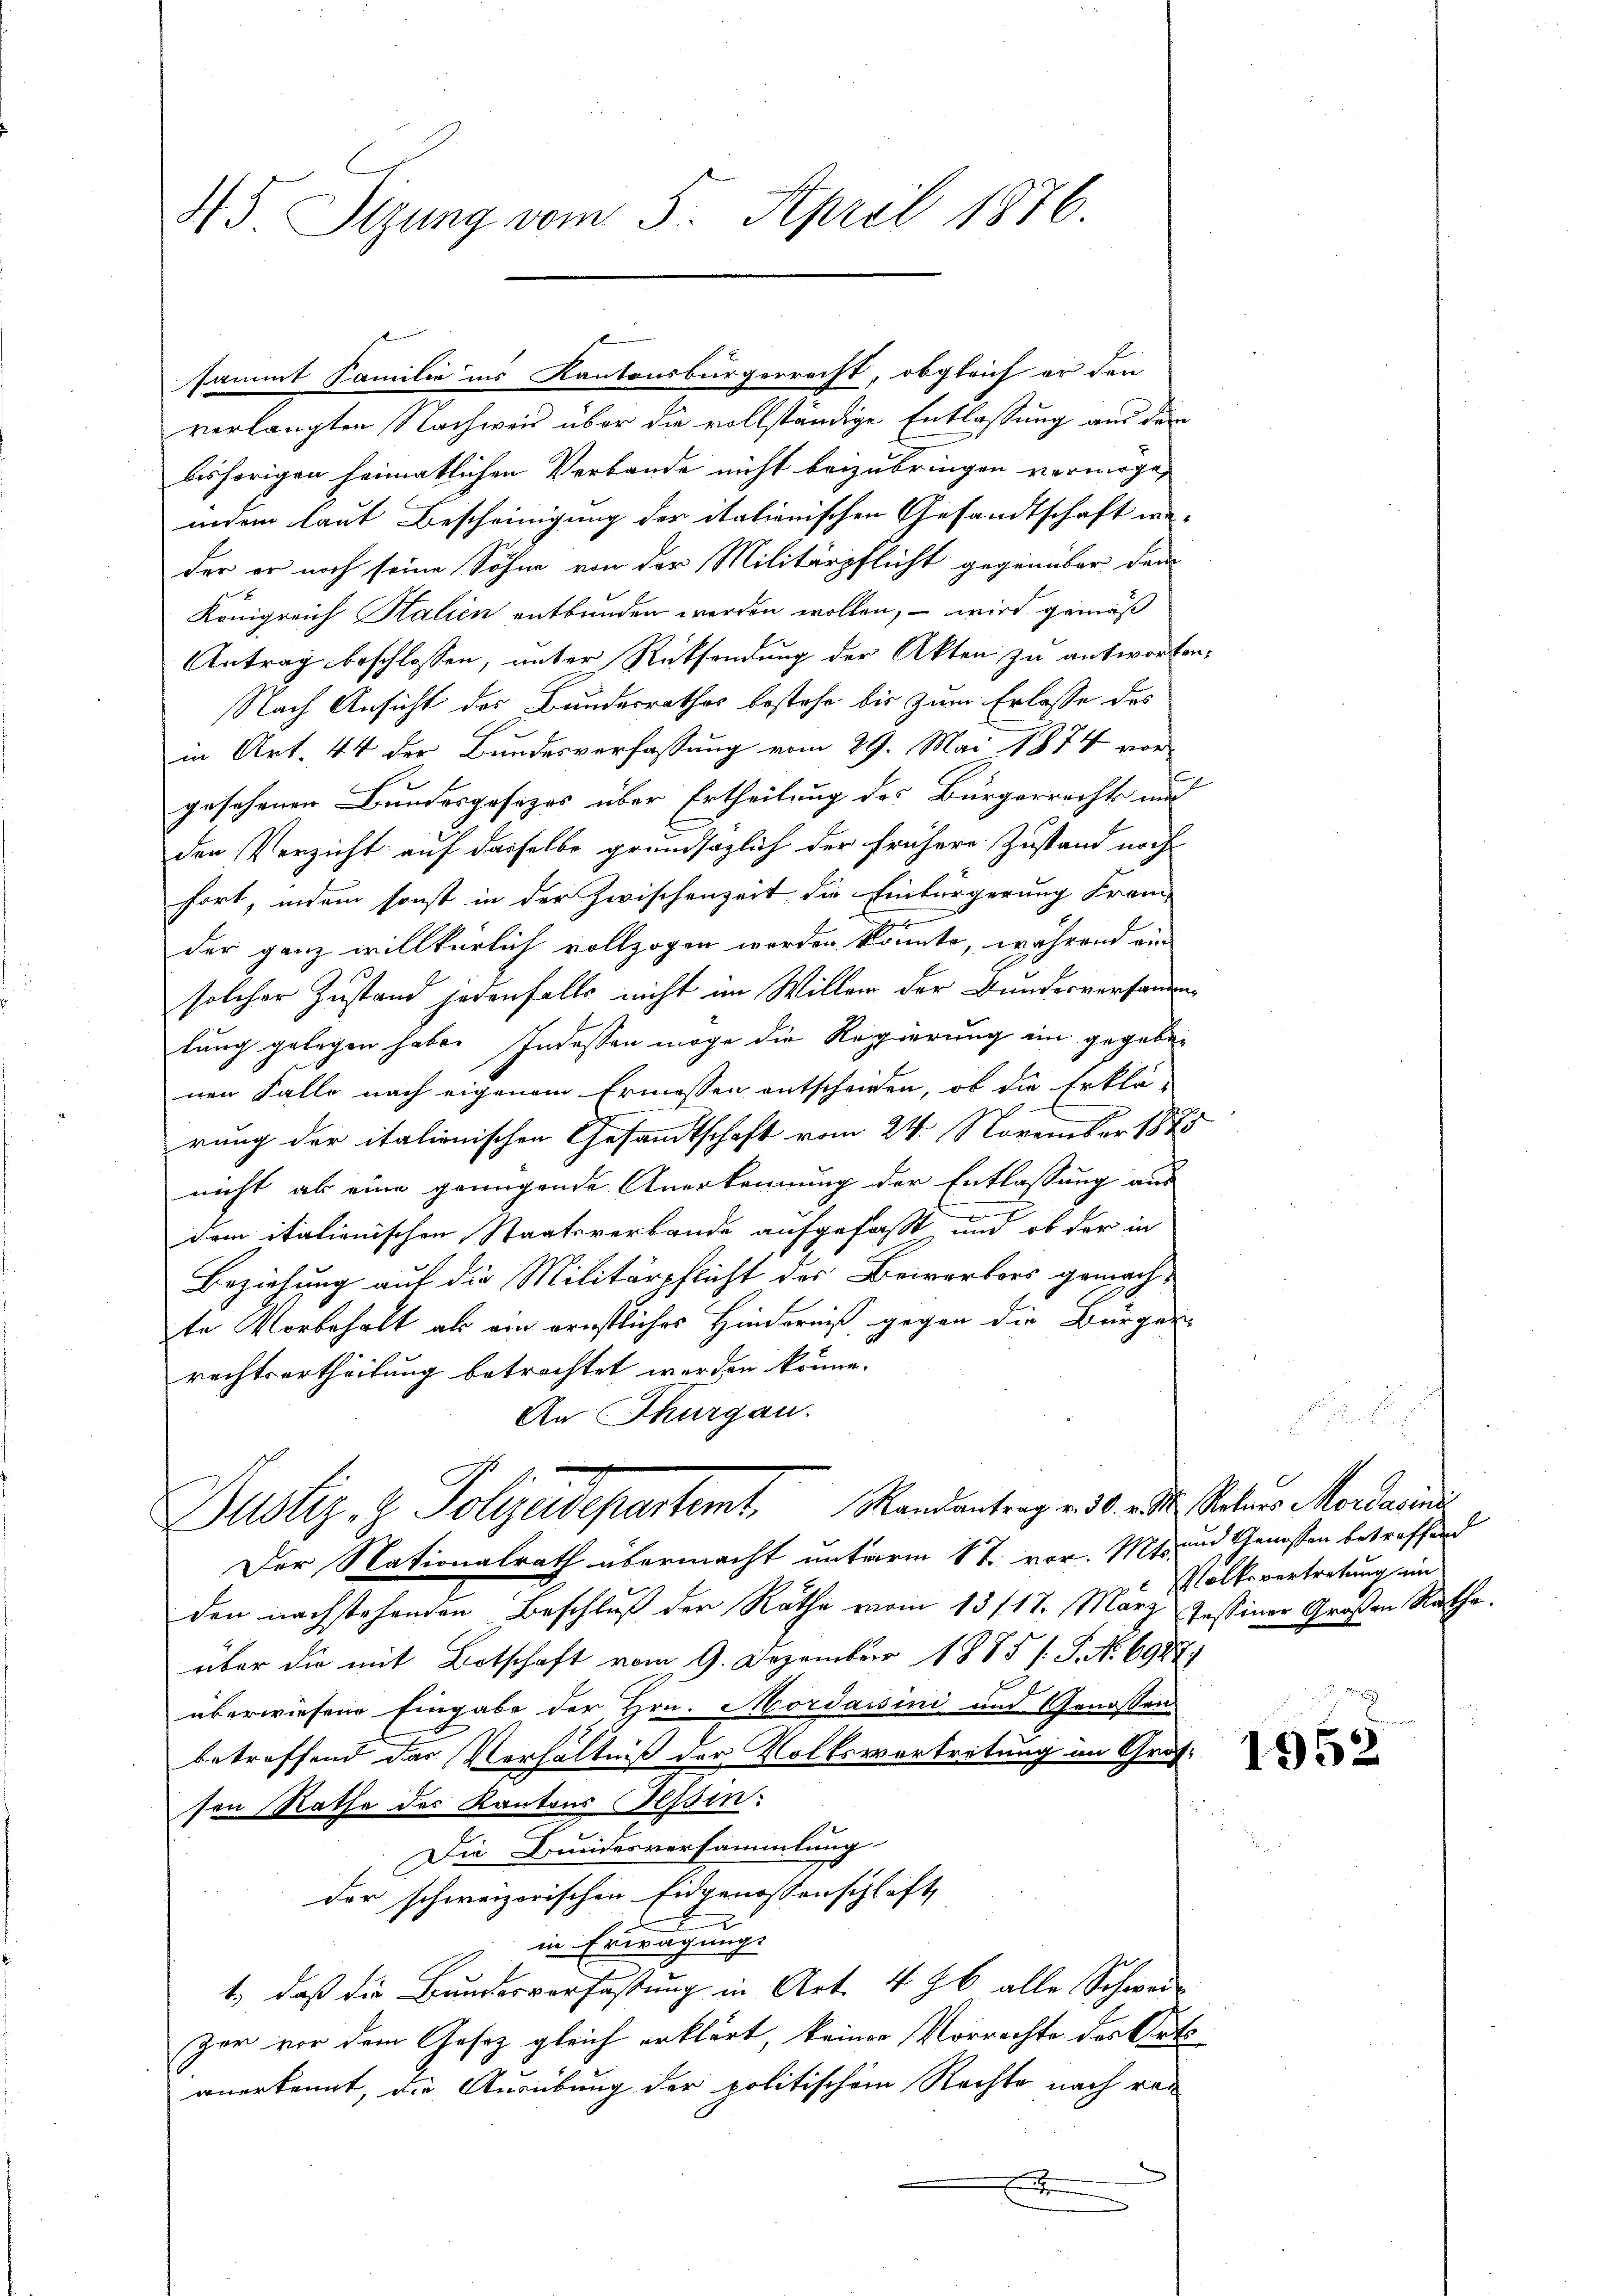
45 Sizung vom 5. April 1876.

verlangten Nachweis über die vollständige Entlassung aus der
bisherigen heimatlichen Verbande nicht beizubringen vermöge,
indem laut Bescheinigung der italienischen Gesandtschaft we
der er noch seine Söhne von der Militärpflicht gegenüber dem
Königreich Halien entbunden werden wollen, – wird gemäß
Antrag beschlossen, unter Rücksendung der Akten zu antwor¬
Nach Ansicht des Bundesrathes bestehe bis zum Erlasse des
in Art. 44 der Bundesverfassung vom 29. Mai 1874 vor
gesehenen Bundesgesezes über Ertheilung des Bürgerrechts nur
den Verzicht auf dasselbe grundsazlich der frühere Zustand noch
fort; indem sonst in der Zwischenzeit die Einbürgerung Fran
der ganz willkürlich vollzogen worden könnte, während ein
solcher Zustand jedenfalls nicht im Willer der Bunderversandlung gelegen habe. Indessen möge die Regierung ein gegebe
nen Falle nach eigenem Ermessen entscheiden, ob die Erklä-
rung der italionischen Gesandtschaft vom 24. November 188
nicht ab eine grungende Anerkennung der Entlassung aus
dem italienischen Staatsverbande aufgefaßt und ob der in
Beziehung auf die Militärpflicht des Bewerkers gemachte Vorbehalt als ein ernstliches Hinderniß gegen die Bürger
rechtsurtheilung betrachtet werden könne.
An Thurgau.
Justiz- & Polizeidepartemt. Randantrag ad 1. eilte stehenes Morderun
Der Nationalrath übermacht unterm 17. vor. Mts. und Genossen betreffend
den nachstehenden Beschluß der Räthe vom 13./17. März Zessiner Großen Ratha
über die mit Botschaft vom 9. Dezember 1885 s. S. No 698
2.
überwiesene Eingabe der Hrn. Mordaisini und Genossen-
betreffend das Verhältniß der Volksvertretung im Gru
sen Rathe des Kantons Tessin:
Die Bundesversammlung
der schweizerischen Eidgenossenschlaft
in Erwägung
1., daß die Bundesverfaßung in Art. 496 alle Schwei
Zor vor dem Gesez gleich erklärt, keiner Vorrachte des Aranerkennt, die Ausübung der politischem Rechte nach ver

sammt Familie in Kantonsbürgerrecht, obgleich er den

x

Polksvertretung im

b

1952